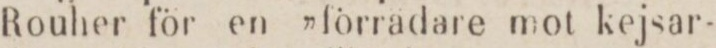
Rouher för en »förrädare mot kejsar-